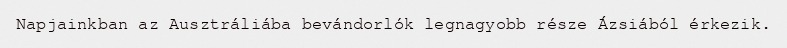
Napjainkban az Ausztráliába bevándorlók legnagyobb része Ázsiából érkezik.